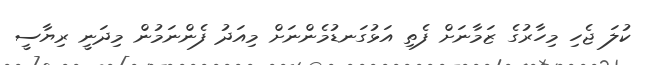
ކުލަ ޖެހި މިހާރުގެ ޒަމާނަށް ފެތި އަޅުގަނޑުމެންނަށް މިއަދު ފެންނަމުން މިދަނީ ރިޔާސީ